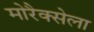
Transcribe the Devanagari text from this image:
मोरैक्सेला